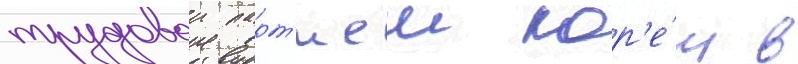
трудовои парт'иеи кор'е́и в